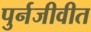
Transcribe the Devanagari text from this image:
पुर्नजीवीत